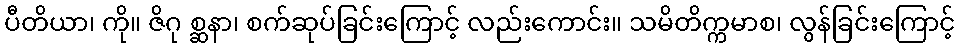
ပီတိယာ၊ ကို။ ဇိဂု စ္ဆနာ၊ စက်ဆုပ်ခြင်းကြောင့် လည်းကောင်း။ သမိတိက္ကမာစ၊ လွန်ခြင်းကြောင့်